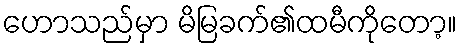
ဟောသည်မှာ မိမြခက်၏ထမီကိုတော့။